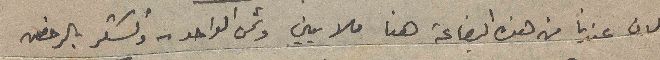
لان عندنا من هذه البضاعة هنا ملايين وثمن الواحد – والشكر بالرخص